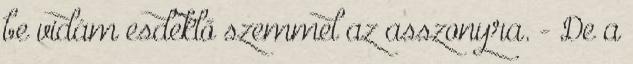
be vidám esdeklő szemmel az asszonyra. - De a